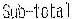
SUB-TOTAL